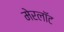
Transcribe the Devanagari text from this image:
मेरलॉट